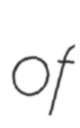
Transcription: of